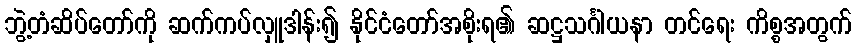
ဘွဲ့တံဆိပ်တော်ကို ဆက်ကပ်လှူဒါန်း၍ နိုင်ငံတော်အစိုးရ၏ ဆဋ္ဌသင်္ဂါယနာ တင်ရေး ကိစ္စအတွက်